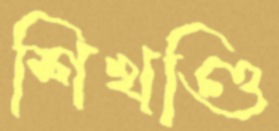
শিখণ্ডি